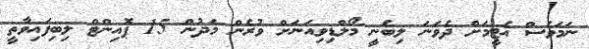
ނަމަވެސް އެޓީމަށް ދެވަނަ ލިބެނީ މޯލްޑިވިއަނަށް ވުރެން މަދުން 15 ޕޮއިންޓް ލިބިފައިވާތީ